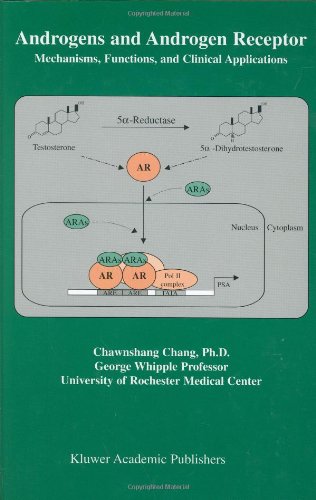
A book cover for Androgens and Androgen Receptor: Mechanisms, Functions, and Clini Applications; Medical Books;